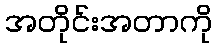
အတိုင်းအတာကို